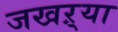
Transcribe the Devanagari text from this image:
जखऱ्या